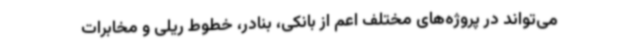
می‌تواند در پروژه‌های مختلف اعم از بانکی، بنادر، خطوط ریلی و مخابرات